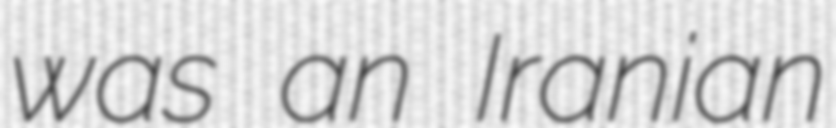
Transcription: was an Iranian